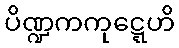
ပိဏ္ဍကကုဋ္ဋေဟိ